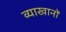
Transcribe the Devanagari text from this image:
व्याखानों